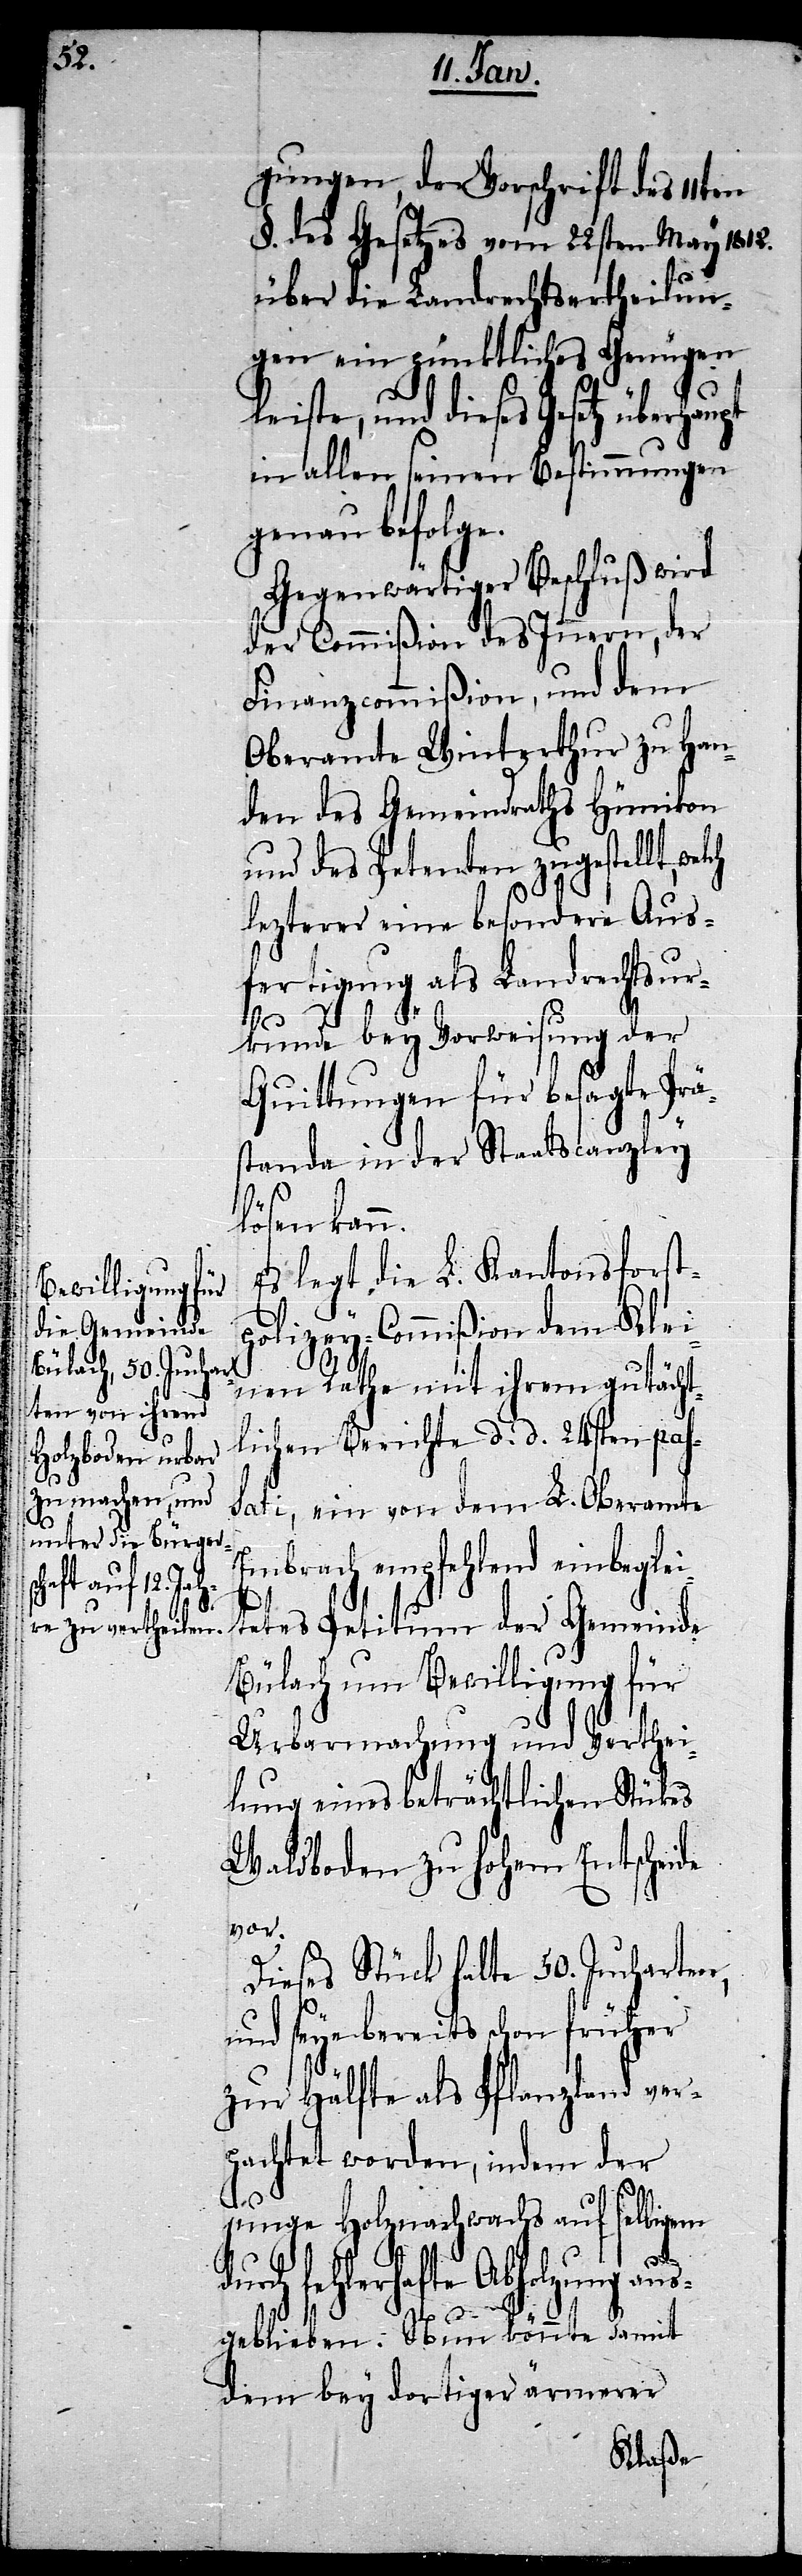
§. des Gesetzes vom 22sten May 1812.
über die Landrechtsertheilun¬
gen ein pünktliches Genügen
lch
leiste, und dieses Gesetz überhaupt
in allen seinen Bestimmungen
genau befolge.
Gegenwärtiger Beschluß wird
der Commißion des Innern, der
Finanzcommißion, und dem
Oberamte Winterthur zu Han¬
den des Gemeindraths Hünikon
und des Petenten zugestellt, we¬
letzterer eine besondere Aus¬
fertigung als Landrechtsur¬
kunde bey Vorweisung der
Quittungen für besagte Prä¬
standa in der Staatscanzley
lösen kann.
Es legt die L. Kantonsforst¬
polizey-Commißion dem Klei¬
nen Rathe mit ihrem gutächt¬
lichen Berichte d. d. 24sten pas¬
sati, ein von dem L. Oberamte
Embrach empfehlend einbeglei¬
tetes Petitum der Gemeinde
Bülach um Bewilligung für
Urbarmachung und Verthei¬
lung eines beträchtlichen Stükes
Waldboden zu hohem Entscheide
vor.
Dieses Stück halte 50. Jucharten,
und seye bereits schon früher
zur Hälfte als Pflanzland ver¬
pachtet worden, indem der
junge Holznachwachs auf selbigem
dur¬
ch fehlerhafte Abholzung au¬
sgeblieben. Nun könnte damit
dem bey dortiger ärmerer